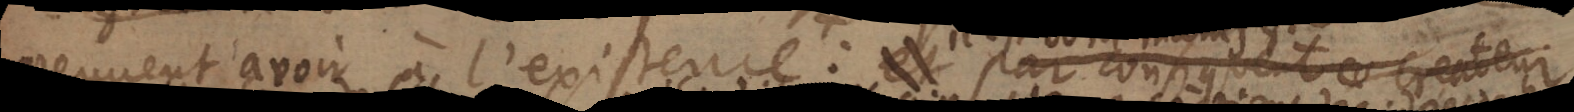
peuvent avoir à l’existence et par consequent _ createur